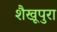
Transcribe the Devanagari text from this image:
शैखूपुरा